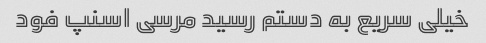
خیلی سریع به دستم رسید مرسی اسنپ فود